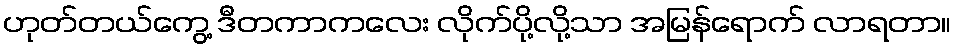
ဟုတ်တယ်ကွေ့ ဒီတကာကလေး လိုက်ပို့လို့သာ အမြန်ရောက် လာရတာ။